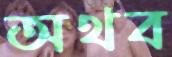
অথব